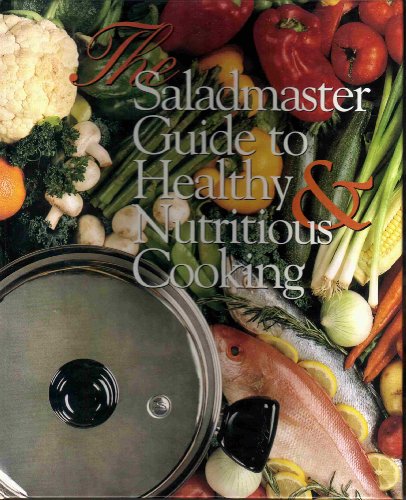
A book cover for The Saladmaster Guide to Healthy and Nutritious Cooking: From the Kitchen of the Saladmaster; Brenda Shriver; Cookbooks, Food & Wine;